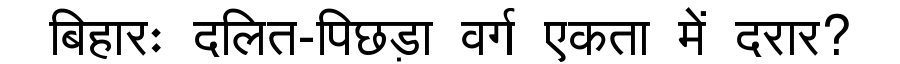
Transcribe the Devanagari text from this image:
बिहारः दलित-पिछड़ा वर्ग एकता में दरार?